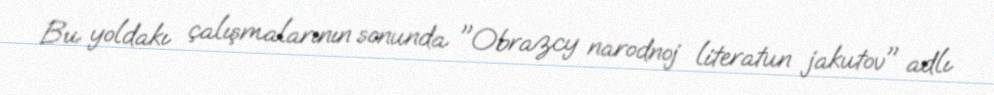
Bu yoldakı çalışmalarının sonunda "Obrazcy narodnoj literatun jakutov" adlı